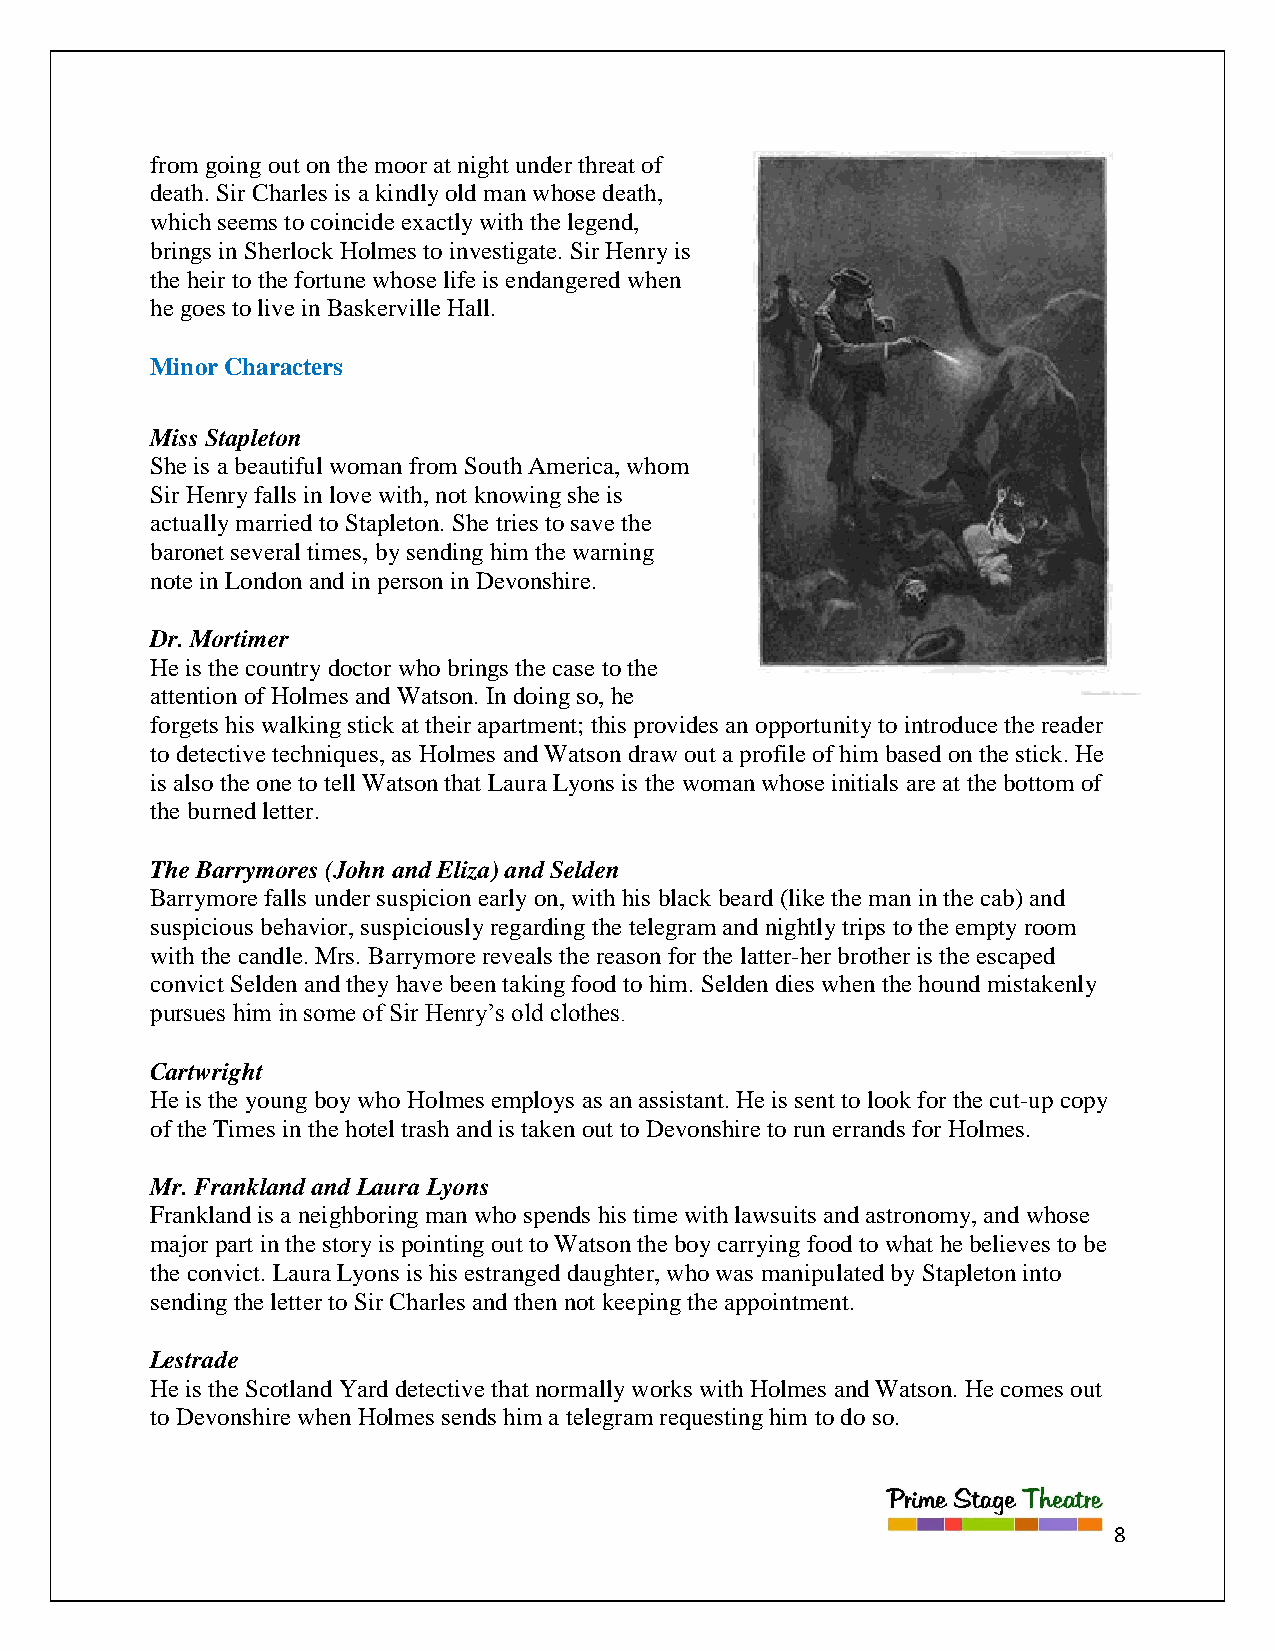
from going out on the moor at night under threat of
 death. Sir Charles is a kindly old man whose death,
 which seems to coincide exactly with the legend,
 brings in Sherlock Holmes to investigate. Sir Henry is
 the heir to the fortune whose life is endangered when
 he goes to live in Baskerville Hall.
 Minor Characters
 Miss Stapleton
 She is a beautiful woman from South America, whom
 Sir Henry falls in love with, not knowing she is
 actually married to Stapleton. She tries to save the
 baronet several times, by sending him the warning
 note in London and in person in Devonshire.
 Dr. Mortimer
 He is the country doctor who brings the case to the
 attention of Holmes and Watson. In doing so, he
 forgets his walking stick at their apartment; this provides an opportunity to introduce the reader
 to detective techniques, as Holmes and Watson draw out a profile of him based on the stick. He
 is also the one to tell Watson that Laura Lyons is the woman whose initials are at the bottom of
 the burned letter.
 The Barrymores (John and Eliza) and Selden
 Barrymore falls under suspicion early on, with his black beard (like the man in the cab) and
 suspicious behavior, suspiciously regarding the telegram and nightly trips to the empty room
 with the candle. Mrs. Barrymore reveals the reason for the latter-her brother is the escaped
 convict Selden and they have been taking food to him. Selden dies when the hound mistakenly
 pursues him in some of Sir Henry‟s old clothes.
 Cartwright
 He is the young boy who Holmes employs as an assistant. He is sent to look for the cut-up copy
 of the Times in the hotel trash and is taken out to Devonshire to run errands for Holmes.
 Mr. Frankland and Laura Lyons
 Frankland is a neighboring man who spends his time with lawsuits and astronomy, and whose
 major part in the story is pointing out to Watson the boy carrying food to what he believes to be
 the convict. Laura Lyons is his estranged daughter, who was manipulated by Stapleton into
 sending the letter to Sir Charles and then not keeping the appointment.
 Lestrade
 He is the Scotland Yard detective that normally works with Holmes and Watson. He comes out
 to Devonshire when Holmes sends him a telegram requesting him to do so.
 8